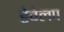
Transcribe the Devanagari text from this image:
डेवेलप